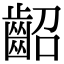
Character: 齠